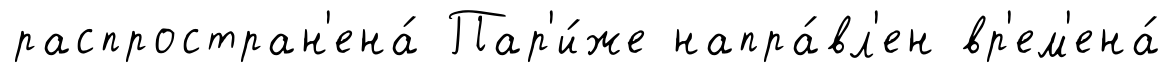
распростран'ена́ Пар'и́же напра́вл'ен вр'ем'ена́